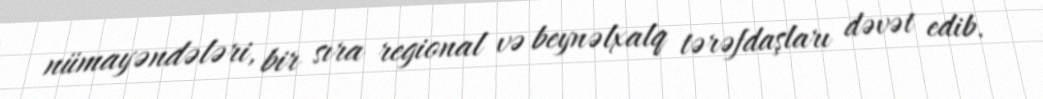
nümayəndələri, bir sıra regional və beynəlxalq tərəfdaşları dəvət edib.